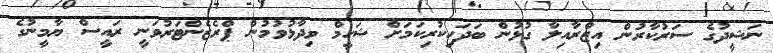
ނަޝީދުގެ ސަރުކާރުން އިޒްރާއިލާ ގުޅުން ބަދަހިކުރިކަމަށް ޝަހީމް ވިދާޅުވުމުން ޕްރެޒެންޓަރުވަނީ ރައީސް ޔާމީނުގެ